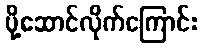
ပို့ဆောင်လိုက်ကြောင်း